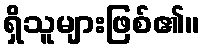
ရှိသူများဖြစ်၏။